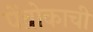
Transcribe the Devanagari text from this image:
पेंब्रोकाची